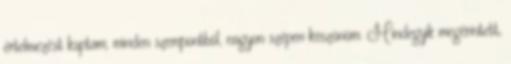
értelmezést kaptam, minden szempontból, nagyon szépen köszönöm. Mindegyik megérintett,